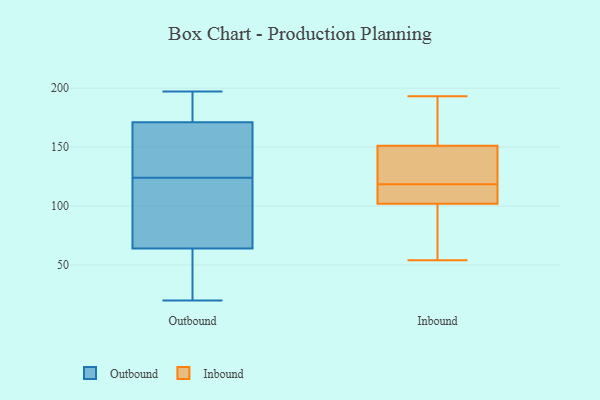
{"axis": {"x": "Waste Production (Tons)", "y": "Value"}, "legend": ["Inbound", "Outbound"], "data": [{"x": "", "y": 135, "type": "Outbound"}, {"x": "", "y": 170, "type": "Outbound"}, {"x": "", "y": 69, "type": "Outbound"}, {"x": "", "y": 20, "type": "Outbound"}, {"x": "", "y": 113, "type": "Outbound"}, {"x": "", "y": 172, "type": "Outbound"}, {"x": "", "y": 160, "type": "Outbound"}, {"x": "", "y": 40, "type": "Outbound"}, {"x": "", "y": 100, "type": "Outbound"}, {"x": "", "y": 105, "type": "Outbound"}, {"x": "", "y": 57, "type": "Outbound"}, {"x": "", "y": 170, "type": "Outbound"}, {"x": "", "y": 59, "type": "Outbound"}, {"x": "", "y": 189, "type": "Outbound"}, {"x": "", "y": 180, "type": "Outbound"}, {"x": "", "y": 197, "type": "Outbound"}, {"x": "", "y": 106, "type": "Inbound"}, {"x": "", "y": 74, "type": "Inbound"}, {"x": "", "y": 64, "type": "Inbound"}, {"x": "", "y": 112, "type": "Inbound"}, {"x": "", "y": 151, "type": "Inbound"}, {"x": "", "y": 193, "type": "Inbound"}, {"x": "", "y": 125, "type": "Inbound"}, {"x": "", "y": 112, "type": "Inbound"}, {"x": "", "y": 161, "type": "Inbound"}, {"x": "", "y": 159, "type": "Inbound"}, {"x": "", "y": 54, "type": "Inbound"}, {"x": "", "y": 144, "type": "Inbound"}, {"x": "", "y": 146, "type": "Inbound"}, {"x": "", "y": 102, "type": "Inbound"}]}